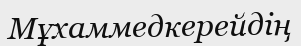
Мұхаммедкерейдің